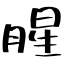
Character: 腥